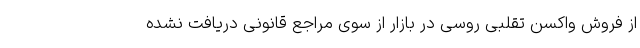
از فروش واکسن تقلبی روسی در بازار از سوی مراجع قانونی دریافت نشده